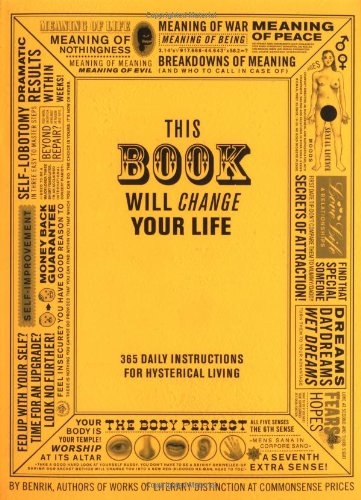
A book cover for This Book Will Change Your Life; Ben Carey; Humor & Entertainment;